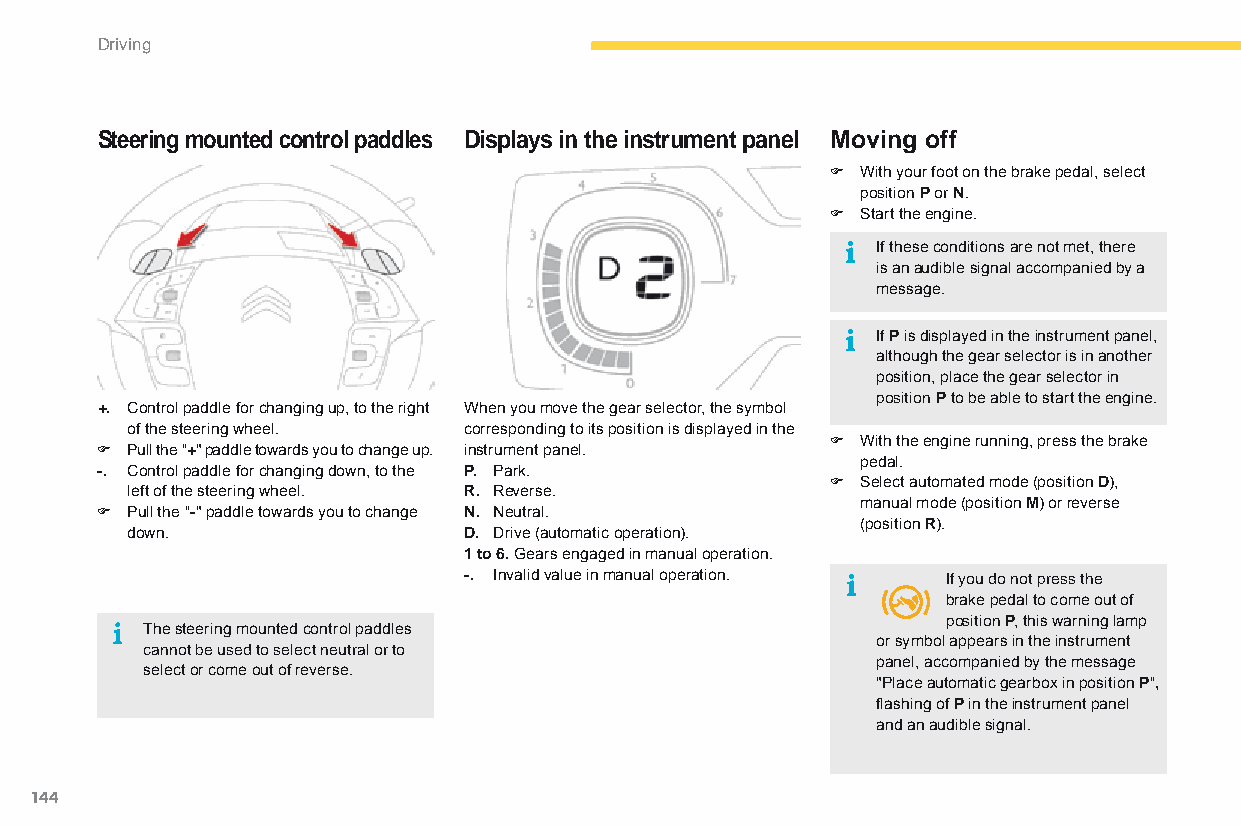
Driving
 Steering mounted control paddles Displays in the instrument panel Moving off
 F With your foot on the brake pedal, select
 position P or N.
 F Start the engine.
 If these conditions are not met, there
 is an audible signal accompanied by a
 message.
 If P is displayed in the instrument panel,
 although the gear selector is in another
 position, place the gear selector in
 position P to be able to start the engine.
 +. Control paddle for changing up, to the right When you move the gear selector, the symbol
 of the steering wheel. corresponding to its position is displayed in the
 F With the engine running, press the brake
 F Pull the "+" paddle towards you to change up. instrument panel.
 pedal.
 -. Control paddle for changing down, to the P. Park.
 F Select automated mode (position D),
 left of the steering wheel. R. Reverse.
 manual mode (position M) or reverse
 F Pull the "-" paddle towards you to change N. Neutral.
 (position R).
 down.                  D. Drive (automatic operation).
 1 to 6. Gears engaged in manual operation.
 -. Invalid value in manual operation. If you do not press the
 brake pedal to come out of
 position P, this warning lamp
 The steering mounted control paddles
 or symbol appears in the instrument
 cannot be used to select neutral or to
 panel, accompanied by the message
 select or come out of reverse.
 "Place automatic gearbox in position P",
 flashing of P in the instrument panel
 and an audible signal.
 144
 C4-Picasso-II_en_Chap04_conduite_ed01-2015